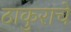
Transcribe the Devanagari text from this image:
ठाकुराचे